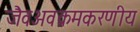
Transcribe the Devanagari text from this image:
जैवअवक्रमकरणीय